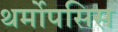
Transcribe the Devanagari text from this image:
थर्मोपसिस